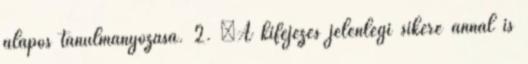
alapos tanulmányozása. 2. „A kifejezés jelenlegi sikere annál is